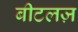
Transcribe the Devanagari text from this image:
बीटलज़